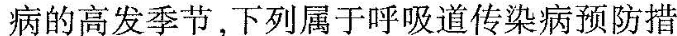
病的高发季节，下列属于呼吸道传染病预防措